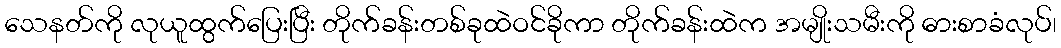
သေနတ်ကို လုယူထွက်ပြေးပြီး တိုက်ခန်းတစ်ခုထဲဝင်ခိုကာ တိုက်ခန်းထဲက အမျိုးသမီးကို ဓားစာခံလုပ်၊